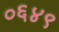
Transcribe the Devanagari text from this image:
०६४९